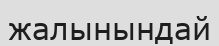
жалынындай